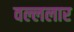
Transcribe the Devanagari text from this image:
वल्ललार